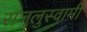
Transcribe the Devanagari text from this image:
राजुलुस्वामी